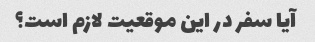
آیا سفر در این موقعیت لازم است؟